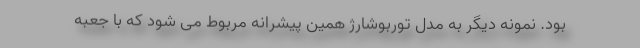
بود. نمونه دیگر به مدل توربوشارژ همین پیشرانه مربوط می شود که با جعبه